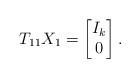
LaTeX: \begin{align*} T_{11} X_1 = \begin{bmatrix} I_k \\ 0\end{bmatrix} .\end{align*}